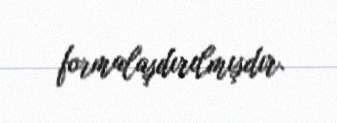
formalaşdırılmışdır.